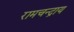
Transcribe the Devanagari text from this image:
रामचन्द्राय